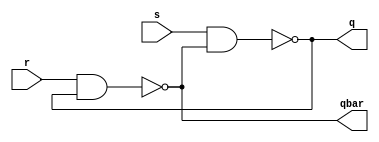
`timescale 1ns / 1ps
//////////////////////////////////////////////////////////////////////////////////
// Company: 
// Engineer: 
// 
// Design Name: 
// Module Name: sr_nand_latch
// Project Name: 
// Target Devices: 
// Tool Versions: 
// Description: 
// 
// Dependencies: 
// 
// Revision:
// Revision 0.01 - File Created
// Additional Comments:
// 
//////////////////////////////////////////////////////////////////////////////////


module sr_nand_latch(
    input s,r,
    output q,qbar
    );
    nand a1(q,s,qbar);
    nand a2(qbar,r,q);
endmodule